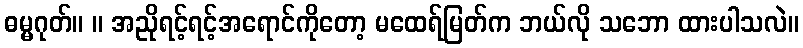
ဓမ္မဂုတ်။ ။ အညိုရင့်ရင့်အရောင်ကိုတော့ မထေရ်မြတ်က ဘယ်လို သဘော ထားပါသလဲ။